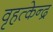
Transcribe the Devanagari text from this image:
वृहत्केन्द्र